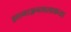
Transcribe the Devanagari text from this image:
ज्ञानाञ्जनशलाकया